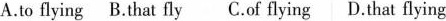
A.to flyingB.That flyC.Of flyingD.That flying